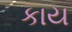
કાય